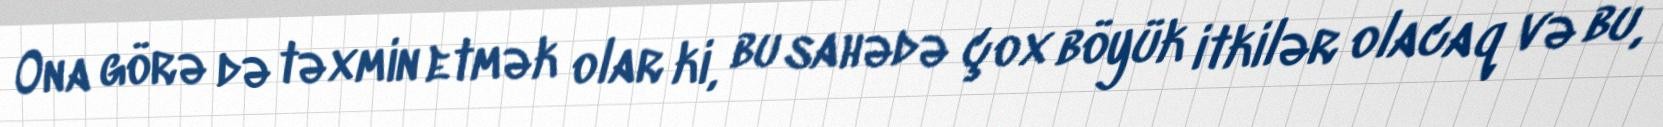
Ona görə də təxmin etmək olar ki, bu sahədə çox böyük itkilər olacaq və bu,